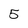
Character: 5